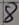
Text: 8